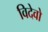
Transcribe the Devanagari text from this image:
विदेवो